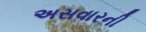
અસવારની